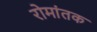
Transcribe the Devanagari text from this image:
रोमांतक